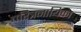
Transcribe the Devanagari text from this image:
चरित्रनायिका